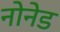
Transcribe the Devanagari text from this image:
नोनेड